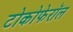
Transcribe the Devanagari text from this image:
टोकोफेरॉल